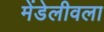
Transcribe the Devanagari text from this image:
मेंडेलीवला